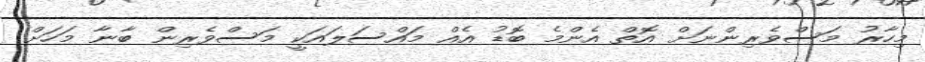
މިހާރު މަސްވެރިންނަށް އޮތް އެންމެ ބޮޑު އެއް މައްސަލައަކީ މަސްވެރިން ބާނާ މަހަށް